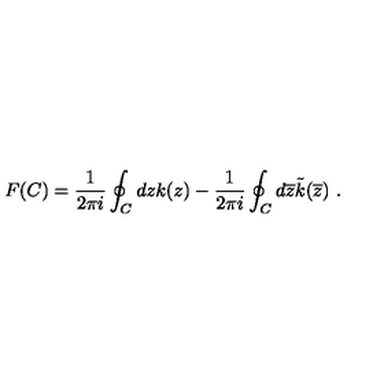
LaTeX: F ( C ) = \frac { 1 } { 2 \pi i } \oint _ { C } d z k ( z ) - \frac { 1 } { 2 \pi i } \oint _ { C } d \overline { { z } } \tilde { k } ( \overline { { z } } ) \ .